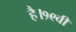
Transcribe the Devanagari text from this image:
है।१९वीं